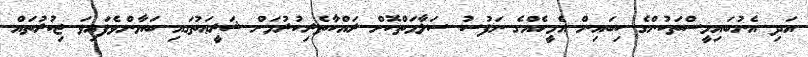
އަދި އެނުބައިމީސްތަކުންގެ ކިބައިން އެމީހެއްގެ ނަފުސު ސަލާމަތްކޮށް ރައްކާތެރިިކުރުމަށް ޝަރީޢަތުގައި ބަޔާންވެފައިވަ ޒިކުރުތައް